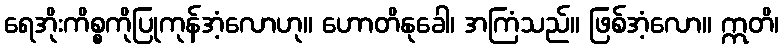
ရေအိုးကိစ္စကိုပြုကုန်အံ့လောဟု။ ဟောတိနုခေါ၊ အကြံသည်။ ဖြစ်အံ့လော။ ဣတိ၊